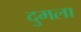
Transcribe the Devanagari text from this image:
दुमला